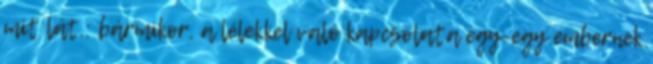
mit lát.: bármikor. a lélekkel való kapcsolata egy-egy embernek